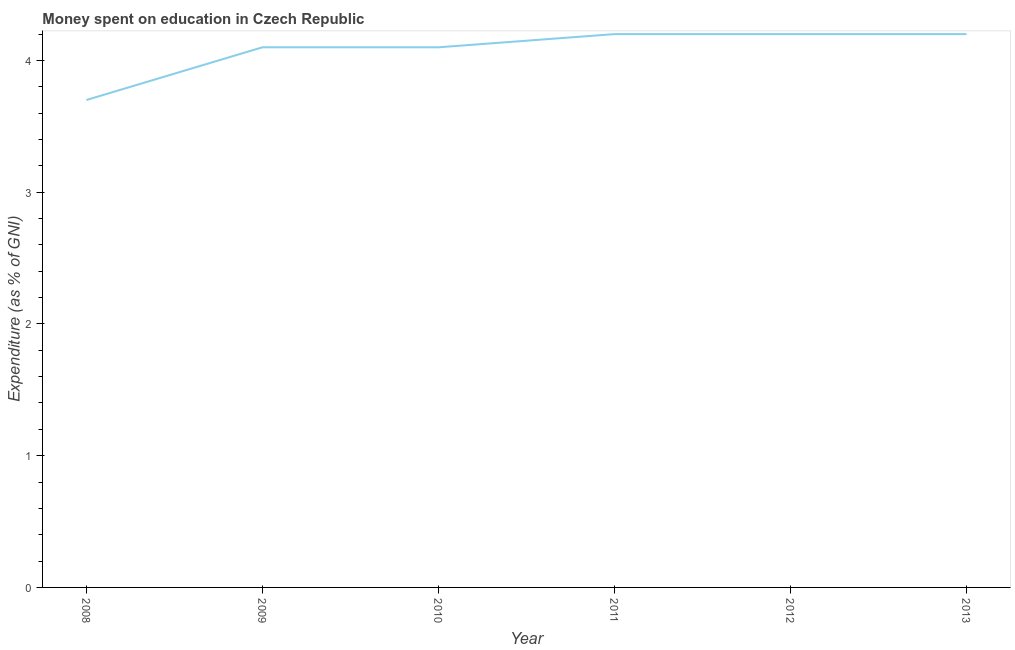
| Year | Education expenditure |
 | --- | --- |
 | 2008 | 3.7 |
 | 2009 | 4.1 |
 | 2010 | 4.1 |
 | 2011 | 4.2 |
 | 2012 | 4.2 |
 | 2013 | 4.2 |